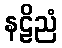
နဠိညံ